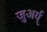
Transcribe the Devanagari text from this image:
जुअर्य्